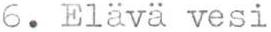
6. Elävä vesi